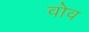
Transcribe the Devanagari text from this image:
वोव